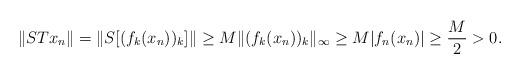
LaTeX: \begin{align*} \|STx_n\|=\|S[(f_k(x_n))_k]\|\ge M\|(f_k(x_n))_k\|_\infty\ge M|f_n(x_n)|\ge\frac{M}{2}>0.\end{align*}